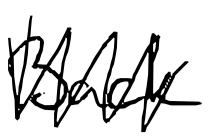
Text: Back
Cross-out: mix
Writing tool: digital_black